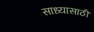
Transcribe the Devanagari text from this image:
साध्यासाठी